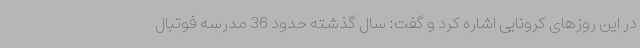
در این روزهای کرونایی اشاره کرد و گفت: سال گذشته حدود 36 مدرسه فوتبال